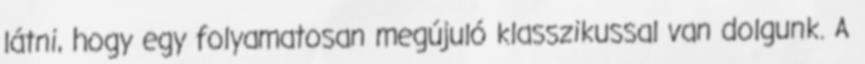
látni, hogy egy folyamatosan megújuló klasszikussal van dolgunk. A